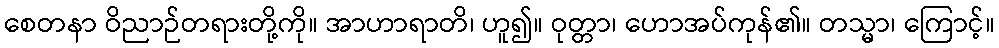
စေတနာ ဝိညာဉ်တရားတို့ကို။ အာဟာရာတိ၊ ဟူ၍။ ဝုတ္တာ၊ ဟောအပ်ကုန်၏။ တသ္မာ၊ ကြောင့်။